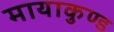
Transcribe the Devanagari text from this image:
मायाकुण्ड